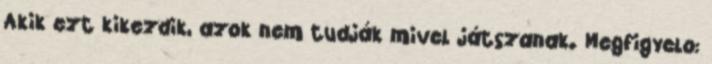
Akik ezt kikezdik, azok nem tudják mivel játszanak. Megfigyelo: